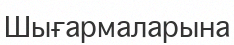
Шығармаларына